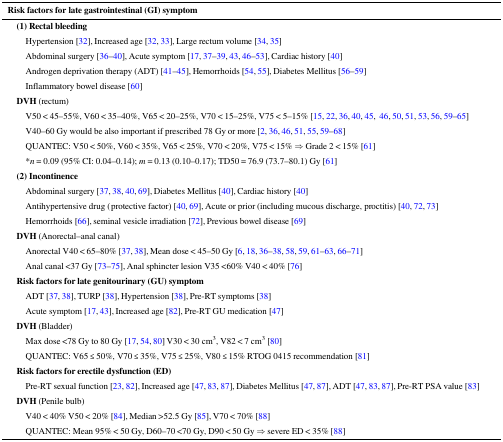
<table><thead><tr><td><b>Risk factors for late gastrointestinal (GI) symptom</b></td></tr></thead><tbody><tr><td><b> (1) Rectal bleeding</b></td></tr><tr><td>Hypertension [32], Increased age [32, 33], Large rectum volume [34, 35]</td></tr><tr><td>Abdominal surgery [36–40], Acute symptom [17, 37–39, 43, 46–53], Cardiac history [40]</td></tr><tr><td>Androgen deprivation therapy (ADT) [41–45], Hemorrhoids [54, 55], Diabetes Mellitus [56–59]</td></tr><tr><td>Inflammatory bowel disease [60]</td></tr><tr><td><b> DVH</b> (rectum)</td></tr><tr><td>V50 &lt; 45–55%, V60 &lt; 35–40%, V65 &lt; 20–25%, V70 &lt; 15–25%, V75 &lt; 5–15% [15, 22, 36, 40, 45, 46, 50, 51, 53, 56, 59–65]</td></tr><tr><td>V40–60 Gy would be also important if prescribed 78 Gy or more [2, 36, 46, 51, 55, 59–68]</td></tr><tr><td>QUANTEC: V50 &lt; 50%, V60 &lt; 35%, V65 &lt; 25%, V70 &lt; 20%, V75 &lt; 15% ⇒ Grade 2 &lt; 15% [61]</td></tr><tr><td>*<i>n</i> = 0.09 (95% CI: 0.04–0.14); <i>m</i> = 0.13 (0.10–0.17); TD50 = 76.9 (73.7–80.1) Gy [61]</td></tr><tr><td><b> (2) Incontinence</b></td></tr><tr><td>Abdominal surgery [37, 38, 40, 69], Diabetes Mellitus [40], Cardiac history [40]</td></tr><tr><td>Antihypertensive drug (protective factor) [40, 69], Acute or prior (including mucous discharge, proctitis) [40, 72, 73]</td></tr><tr><td>Hemorrhoids [66], seminal vesicle irradiation [72], Previous bowel disease [69]</td></tr><tr><td><b> DVH</b> (Anorectal–anal canal)</td></tr><tr><td>Anorectal V40 &lt; 65–80% [37, 38], Mean dose &lt; 45–50 Gy [6, 18, 36–38, 58, 59, 61–63, 66–71]</td></tr><tr><td>Anal canal &lt;37 Gy [73–75], Anal sphincter lesion V35 &lt;60% V40 &lt; 40% [76]</td></tr><tr><td><b> Risk factors for late genitourinary (GU) symptom</b></td></tr><tr><td>ADT [37, 38], TURP [38], Hypertension [38], Pre-RT symptoms [38]</td></tr><tr><td>Acute symptom [17, 43], Increased age [82], Pre-RT GU medication [47]</td></tr><tr><td><b> DVH</b> (Bladder)</td></tr><tr><td>Max dose &lt;78 Gy to 80 Gy [17, 54, 80] V30 &lt; 30 cm<sup>3</sup>, V82 &lt; 7 cm<sup>3</sup> [80]</td></tr><tr><td>QUANTEC: V65 ≤ 50%, V70 ≤ 35%, V75 ≤ 25%, V80 ≤ 15% RTOG 0415 recommendation [81]</td></tr><tr><td><b> Risk factors for erectile dysfunction (ED)</b></td></tr><tr><td>Pre-RT sexual function [23, 82], Increased age [47, 83, 87], Diabetes Mellitus [47, 87], ADT [47, 83, 87], Pre-RT PSA value [83]</td></tr><tr><td><b> DVH</b> (Penile bulb)</td></tr><tr><td>V40 &lt; 40% V50 &lt; 20% [84], Median &gt;52.5 Gy [85], V70 &lt; 70% [88]</td></tr><tr><td>QUANTEC: Mean 95% &lt; 50 Gy, D60–70 &lt;70 Gy, D90 &lt; 50 Gy ⇒ severe ED &lt; 35% [88]</td></tr></tbody></table>